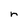
Character: n